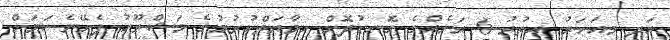
އަދި މިއަހަރު އިތުރު 6 ރަށެއްގެ ގޮނޑުދޮށް ހިމާޔަތްކުރުމުގެ މަޝްރޫއު ފެށޭނެ ކަމަށް